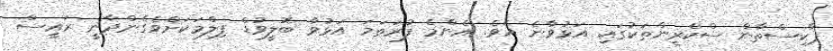
ޕާކިސްތާން ސްކްރީންތަކުގައި އަޅުވާނެ އެވެ. އެންމެ ފުރަތަމަ އަޅުވާ ބޮލީވުޑް ފިލްމަކަށްވެގެންދާނީ ރައީސް